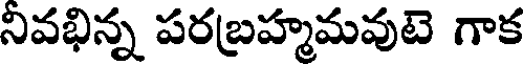
నివభిన్న పరబ్రహ్మమవుటె గాక